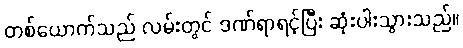
တစ်ယောက်သည် လမ်းတွင် ဒဏ်ရာရင့်ပြီး ဆုံးပါးသွားသည်။